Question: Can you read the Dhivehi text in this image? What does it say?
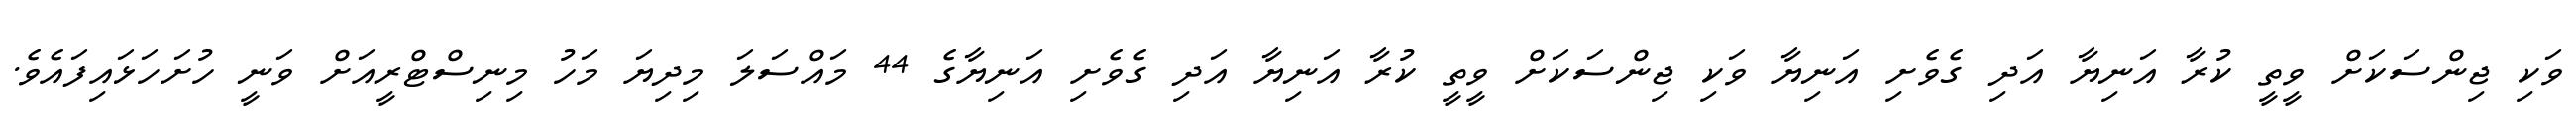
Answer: ވަކި ޖިންސަކަށް ވީތީ ކުރާ އަނިޔާ އަދި ގެވެށި އަނިޔާ ވަކި ޖިންސަކަށް ވީތީ ކުރާ އަނިޔާ އަދި ގެވެށި އަނިޔާގެ 44 މައްސަލަ މިދިޔަ މަހު މިނިސްޓްރީއަށް ވަނީ ހުށަހަޅައިފައެވެ.